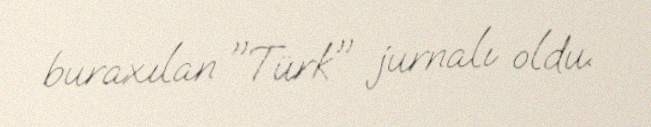
buraxılan "Türk" jurnalı oldu.